Lunatic asylums Central Provinces reports 1886-1894 - 1886-1894
Year: 1886
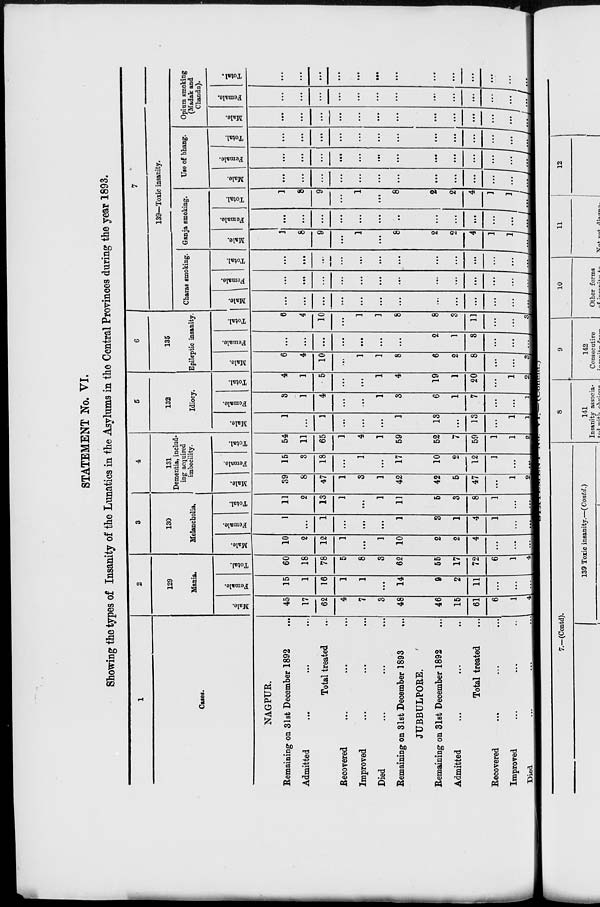
STATEMENT No. VI.
Showing the types of Insanity of the Lunatics in the Asylums in the Central Provinces during the year 1893.
1
Cases.
NAGPUR.
Remaining on 31st December 1892 ...
Admitted ... ... ...
Total treated ...
Recovered ... ... ...
Improved ... ... ...
Died ... ... ...
Remaining on 31st December 1893 ...
JUBBULPORE.
Remaining on 31st December 1892 ...
Admitted ... ... ...
Total treated ... ... ...
Recovered ... ... ...
Improved ... ... ...
Died
...
...
...
2
129
Mania.
Male.
45
17
62
4
7
3
48
46
15
61
6
1
4
Female.
15
1
16
1
1
...
14
9
2
11
...
...
...
Total.
60
18
78
5
8
3
62
55
17
72
6
1
4
3
130
Melancholia.
Male.
10
2
12
1
...
1
10
2
2
4
...
...
...
Female.
1
...
1
...
...
...
1
3
1
4
1
...
...
Total.
11
2
13
1
...
1
11
5
3
8
1
...
...
4
131
Dementia, includ-
ing acquired
imbecility.
Male.
39
8
47
1
3
1
42
42
5
47
...
1
2
Female.
15
3
18
...
1
...
17
10
2
12
1
...
...
Total.
54
11
65
1
4
1
59
52
7
59
1
1
2
5
132
Idiocy.
Male.
1
...
1
...
...
...
1
13
...
13
...
1
1
Female.
3
1
4
...
...
1
3
6
1
7
...
...
1
Total.
4
1
5
...
...
1
4
19
1
20
...
1
2
6
135
Epileptic insanity.
Male.
6
4
10
...
1
1
8
6
2
8
...
...
3
Female.
...
...
...
...
...
...
...
2
1
3
...
...
...
Total.
6
4
10
...
1
1
8
8
3
11
...
...
3
7
139—Toxic insanity.
Charas smoking.
Male.
...
...
...
...
...
...
...
...
...
...
...
...
...
Female.
...
...
...
...
...
...
...
...
...
...
...
...
...
Total.
...
...
...
...
...
...
...
...
...
...
...
...
...
Ganja smoking.
Male.
1
8
9
...
1
...
8
2
2
4
1
1
...
Female.
...
...
...
...
...
...
...
...
...
...
...
...
...
Total.
1
8
9
...
1
...
8
2
2
4
1
1
...
Use of bhang.
Male.
...
...
...
...
...
...
...
...
...
...
...
...
...
Female.
...
...
...
...
...
...
...
...
...
...
....
...
...
Total.
...
...
...
...
...
...
...
...
...
...
...
...
...
Opium smoking
(Madak and
Chandu).
Male.
...
...
...
...
...
...
...
...
...
...
...
...
...
Female.
...
...
...
...
...
...
...
...
...
...
...
...
...
Total.
...
...
...
...
...
...
...
...
...
...
...
...
...